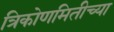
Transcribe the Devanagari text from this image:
त्रिकोणमितीच्या